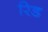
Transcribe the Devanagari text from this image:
रिड